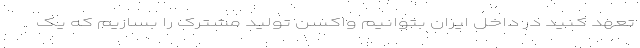
تعهد کنید در داخل ایران بتوانیم واکسن تولید مشترک را بسازیم که یک